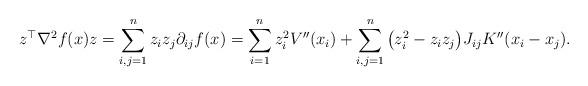
LaTeX: \begin{align*}z^\top\nabla^2f(x) z &= \sum_{i,j=1}^n z_iz_j\partial_{ij}f(x) = \sum_{i=1}^n z_i^2V''(x_i) + \sum_{i,j=1}^n \big(z_i^2 - z_iz_j\big) J_{ij} K''(x_i-x_j).\end{align*}